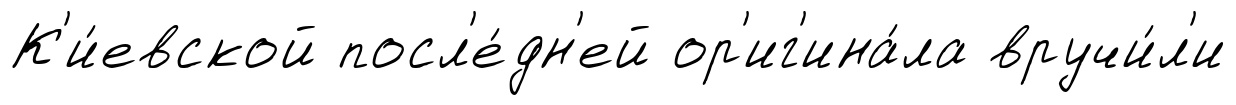
К'и́евской посл'е́дн'ей ор'иг'ина́ла вручи́л'и